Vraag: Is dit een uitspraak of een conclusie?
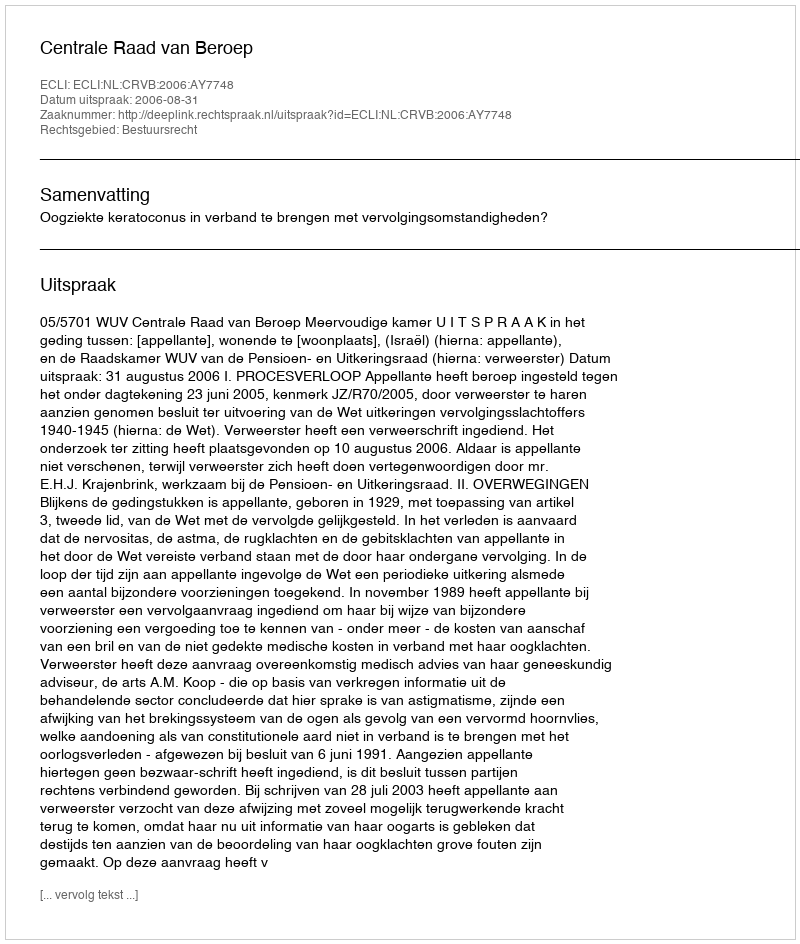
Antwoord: Uitspraak